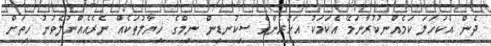
ދެން އެކަހަލަ ކަމެއްނުކުރާނަމޭ އެކަމަކު އަހަރެންގެ ސިކުނޑިން ނިމްގެ ޚިޔާލުތަކެއް ނެރެއެއްނުލެވުނު ހިތަށް